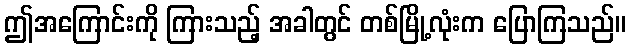
ဤအကြောင်းကို ကြားသည့် အခါတွင် တစ်မြို့လုံးက ပြောကြသည်။